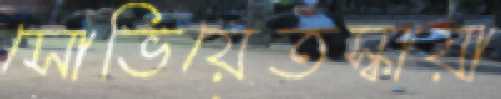
সোভিয়েতস্কায়া